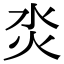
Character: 𤆲